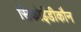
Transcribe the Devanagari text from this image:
सिकोईडीकौन